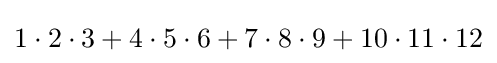
1\cdot 2\cdot 3+4\cdot 5\cdot 6+7\cdot 8\cdot 9+10\cdot 11\cdot 12